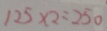
1 2 5 \times 2 = 2 5 0